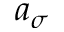
a _ { \sigma }